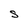
Character: S